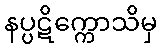
နပ္ပဋိက္ကောသိမှ